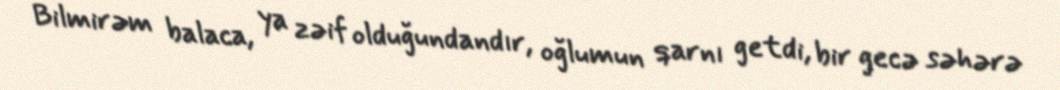
Bilmirəm balaca, ya zəif olduğundandır, oğlumun qarnı getdi, bir gecə səhərə